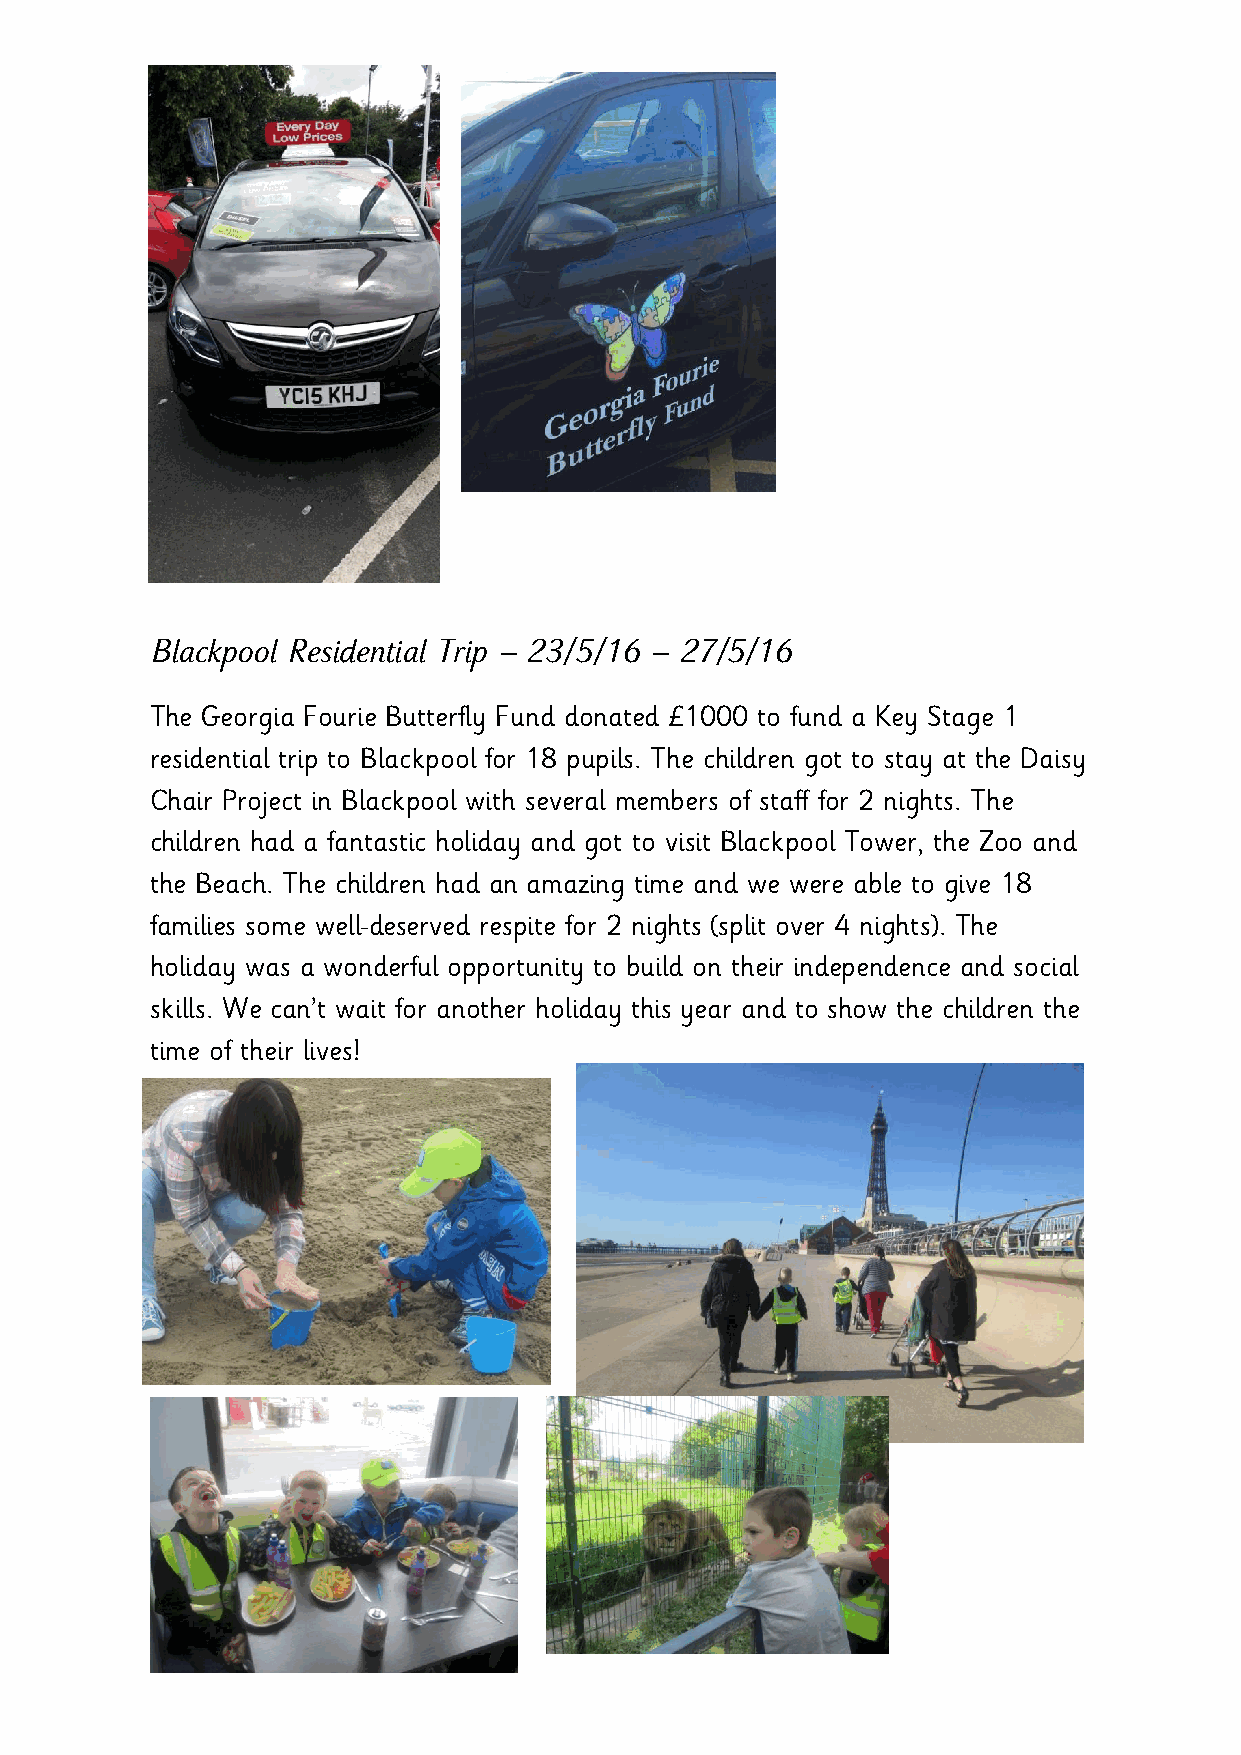
Blackpool Residential Trip – 23/5/16 – 27/5/16
 The Georgia Fourie Butterfly Fund donated £1000 to fund a Key Stage 1
 residential trip to Blackpool for 18 pupils. The children got to stay at the Daisy
 Chair Project in Blackpool with several members of staff for 2 nights. The
 children had a fantastic holiday and got to visit Blackpool Tower, the Zoo and
 the Beach. The children had an amazing time and we were able to give 18
 families some well-deserved respite for 2 nights (split over 4 nights). The
 holiday was a wonderful opportunity to build on their independence and social
 skills. We can’t wait for another holiday this year and to show the children the
 time of their lives!